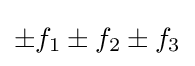
\pm f_{1}\pm f_{2}\pm f_{3}